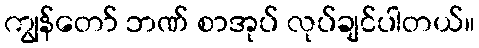
ကျွန်တော် ဘဏ် စာအုပ် လုပ်ချင်ပါတယ်။